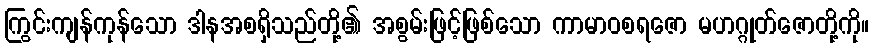
ကြွင်းကျန်ကုန်သော ဒါနအစရှိသည်တို့၏ အစွမ်းဖြင့်ဖြစ်သော ကာမာဝစရဇော မဟဂ္ဂုတ်ဇောတို့ကို။